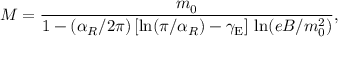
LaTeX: M = \frac { m _ { 0 } } { 1 - ( \alpha _ { R } / 2 \pi ) \, [ \ln ( \pi / \alpha _ { R } ) - \gamma _ { \mathrm { E } } ] \, \ln ( e B / m _ { 0 } ^ { 2 } ) } ,